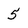
Character: 5